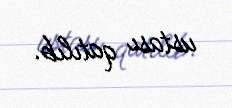
ustası qatılıb.